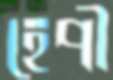
হেপী